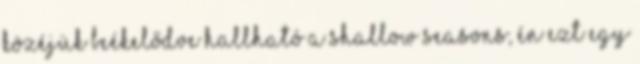
Közéjük beékelődve hallható a Shallow Seasons, én ezt egy